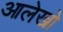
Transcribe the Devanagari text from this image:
आलेखो